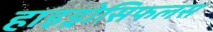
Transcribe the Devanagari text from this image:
हाइड्रोसिफलस